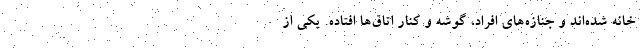
خانه شده‌اند و جنازه‌‌های افراد، گوشه و کنار اتاق‌ها افتاده. یکی از